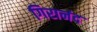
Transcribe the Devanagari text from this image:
गिरानंद